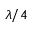
\lambda / 4